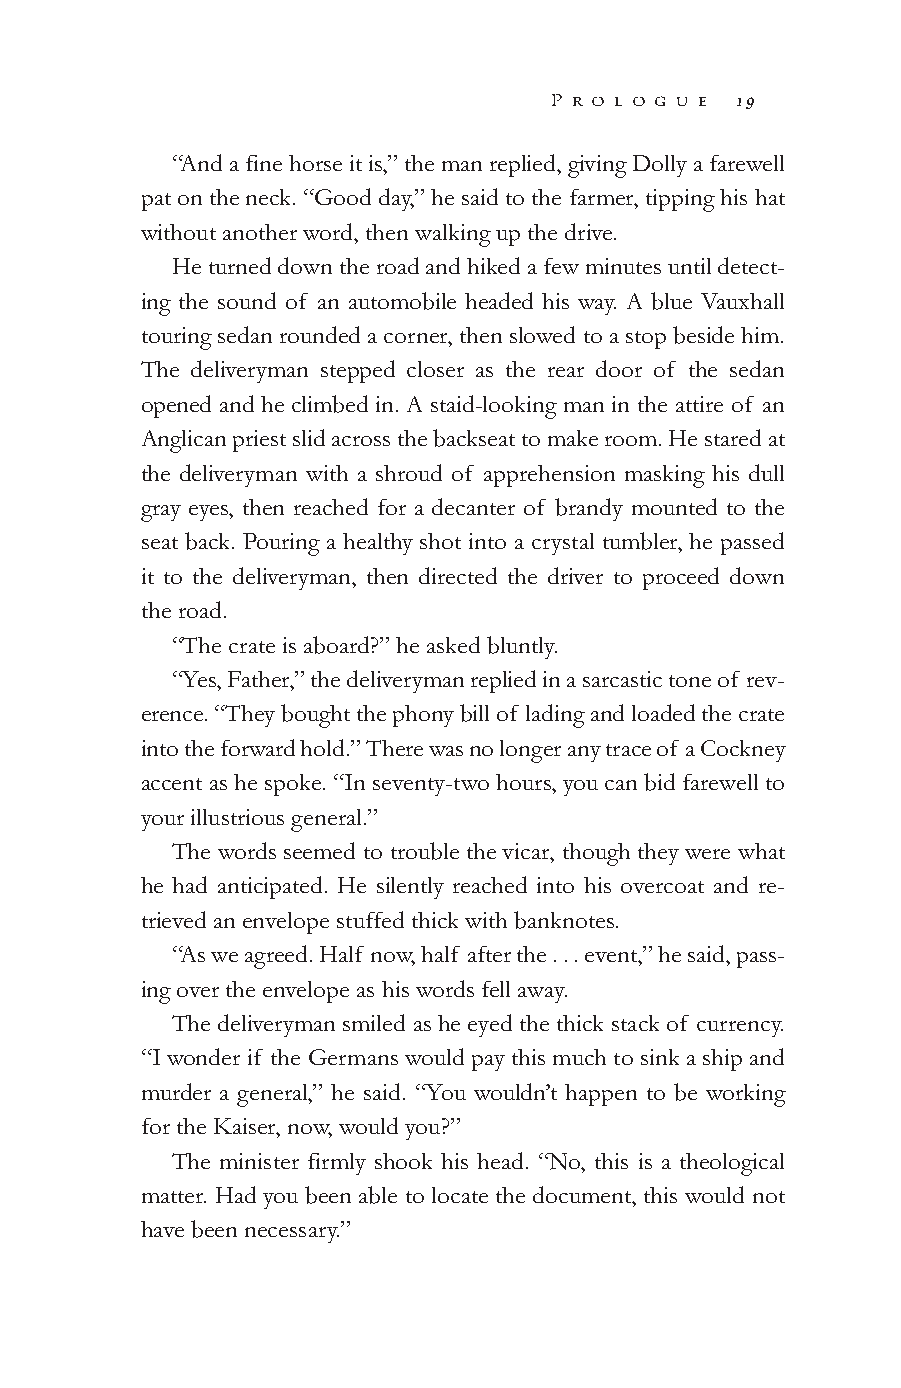
P r o l o g u e 1 9
 “And a fine horse it is,” the man replied, giving Dolly a farewell
 pat on the neck. “Good day,” he said to the farmer, tipping his hat
 without another word, then walking up the drive.
 He turned down the road and hiked a few minutes until detect-
 ing the sound of an automobile headed his way. A blue Vauxhall
 touring sedan rounded a corner, then slowed to a stop beside him.
 The deliveryman stepped closer as the rear door of the sedan
 opened and he climbed in. A staid-looking man in the attire of an
 Anglican priest slid across the backseat to make room. He stared at
 the deliveryman with a shroud of apprehension masking his dull
 gray eyes, then reached for a decanter of brandy mounted to the
 seat back. Pouring a healthy shot into a crystal tumbler, he passed
 it to the deliveryman, then directed the driver to proceed down
 the road.
 “The crate is aboard?” he asked bluntly.
 “Yes, Father,” the deliveryman replied in a sarcastic tone of rev-
 erence. “They bought the phony bill of lading and loaded the crate
 into the forward hold.” There was no longer any trace of a Cockney
 accent as he spoke. “In seventy-two hours, you can bid farewell to
 your illustrious general.”
 The words seemed to trouble the vicar, though they were what
 he had anticipated. He silently reached into his overcoat and re-
 trieved an envelope stuffed thick with banknotes.
 “As we agreed. Half now, half after the . . . event,” he said, pass-
 ing over the envelope as his words fell away.
 The deliveryman smiled as he eyed the thick stack of currency.
 “I wonder if the Germans would pay this much to sink a ship and
 murder a general,” he said. “You wouldn’t happen to be working
 for the Kaiser, now, would you?”
 The minister firmly shook his head. “No, this is a theological
 matter. Had you been able to locate the document, this would not
 have been necessary.”
 000011--555500__PPGGII__CCrreesscceenntt DDaawwnn..iinndddd 1199 99//33//1100 1100::2299 AAMM